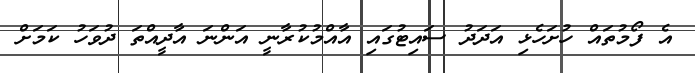
އެ ފޯމުތައް ހުށަހެޅި އަދަދު ސައިޓުގައި އާއްމުކުރާނީ އަންނަ އާދީއްތަ ދުވަހު ކަމަށް